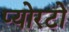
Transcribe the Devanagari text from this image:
प्योरटो